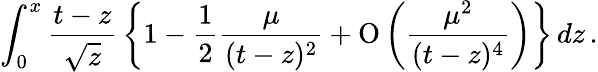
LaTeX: \int_{0}^{x}{\frac{t-z}{\sqrt{z}}}\left\lbrace 1-{\frac{1}{2}}{\frac{\mu}{(t-z)^{2}}}+\mathrm{O}\left({\frac{\mu^{2}}{(t-z)^{4}}}\right)\right\rbrace\, dz\, .